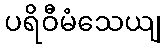
ပရိဝီမံသေယျ